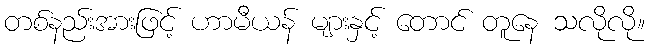
တစ်နည်းအားဖြင့် ဟာမီယန် များနှင့် တောင် တူနေ သလိုလို။